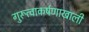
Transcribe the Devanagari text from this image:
गुरूत्वाकर्षणाखाली